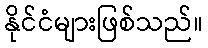
နိုင်ငံများဖြစ်သည်။